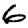
Digit: 6